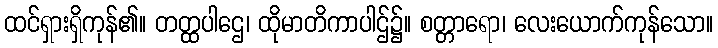
ထင်ရှားရှိကုန်၏။ တတ္ထပါဌေ၊ ထိုမာတိကာပါဌ်၌။ စတ္တာရော၊ လေးယောက်ကုန်သော။